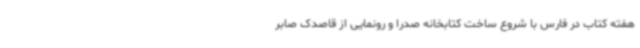
هفته کتاب در فارس با شروع ساخت کتابخانه صدرا و رونمایی از قاصدک صابر